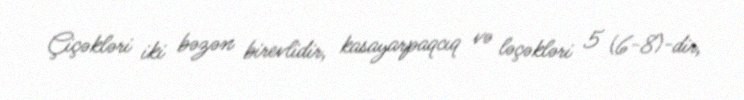
Çiçəkləri iki bəzən birevlidir, kasayarpaqcıq və ləçəkləri 5 (6-8)-dir,